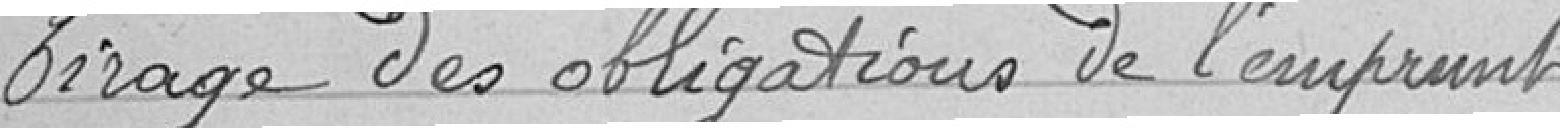
Tirage des obligations de l'emprunt